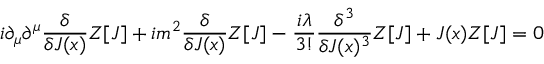
i \partial _ { \mu } \partial ^ { \mu } { \frac { \delta } { \delta J ( x ) } } Z [ J ] + i m ^ { 2 } { \frac { \delta } { \delta J ( x ) } } Z [ J ] - { \frac { i \lambda } { 3 ! } } { \frac { \delta ^ { 3 } } { \delta J ( x ) ^ { 3 } } } Z [ J ] + J ( x ) Z [ J ] = 0